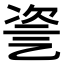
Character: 𠃻